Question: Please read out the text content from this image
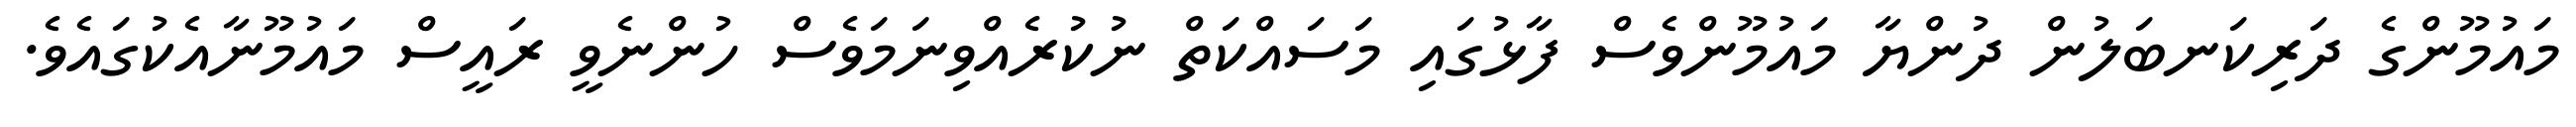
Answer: މައުމޫންގެ ދަރިކަނބަލުން ދުންޔާ މައުމޫންވެސް ފާޅުގައި މަސައްކަތް ނުކުރެއްވިނަމަވެސް ހުންނެވީ ރައީސް މައުމޫނާއެކުގައެވެ.